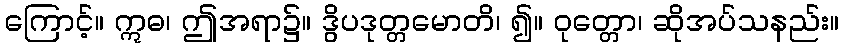
ကြောင့်။ ဣဓ၊ ဤအရာ၌။ ဒွိပဒုတ္တမောတိ၊ ၍။ ဝုတ္တော၊ ဆိုအပ်သနည်း။